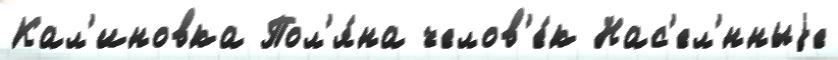
Кал'иновка Пол'я́на челов'е́к Нас'ел'́нныjе